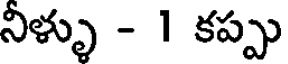
నిళ్ళు - 1 కప్పు